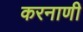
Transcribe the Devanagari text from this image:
करनाणी